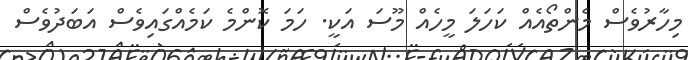
މިހާރުވެސް މެންތޯއެއް ކަހަލަ މީހެއް މޫސަ އަކީ. ހަމަ ކޮންމެ ކަމެއްގައިވެސް އަބަދުވެސް